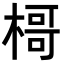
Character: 𣘁